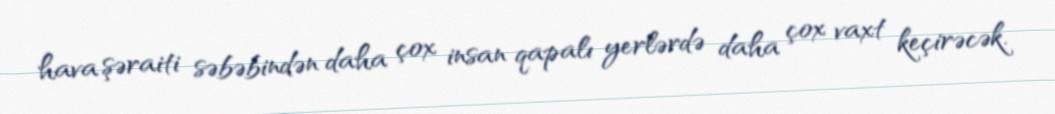
hava şəraiti səbəbindən daha çox insan qapalı yerlərdə daha çox vaxt keçirəcək.